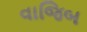
વાજિબ